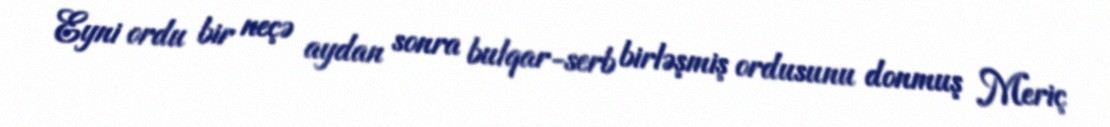
Eyni ordu bir neçə aydan sonra bulqar-serb birləşmiş ordusunu donmuş Meriç